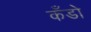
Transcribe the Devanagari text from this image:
कँडो